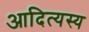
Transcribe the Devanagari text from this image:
आदित्यस्य